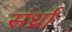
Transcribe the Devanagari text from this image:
संर्ध्रा